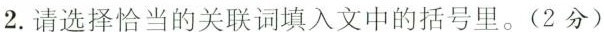
2.请选择恰当的关联词填入文中的括号里。(2分)